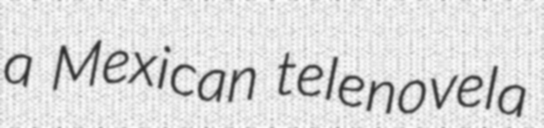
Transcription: a Mexican telenovela